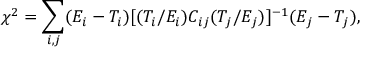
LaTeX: \chi ^ { 2 } = \sum _ { i , j } ( E _ { i } - T _ { i } ) [ ( T _ { i } / E _ { i } ) C _ { i j } ( T _ { j } / E _ { j } ) ] ^ { - 1 } ( E _ { j } - T _ { j } ) ,